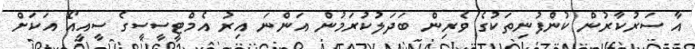
އާ ސަރުކާރުން ކުންފުނިތަކުގެ ވެރިން ބަދަލުކުރަމުން އަންނަ އިރު އެމްޓީސީސީގެ ސީއީއޯ އަކަށް